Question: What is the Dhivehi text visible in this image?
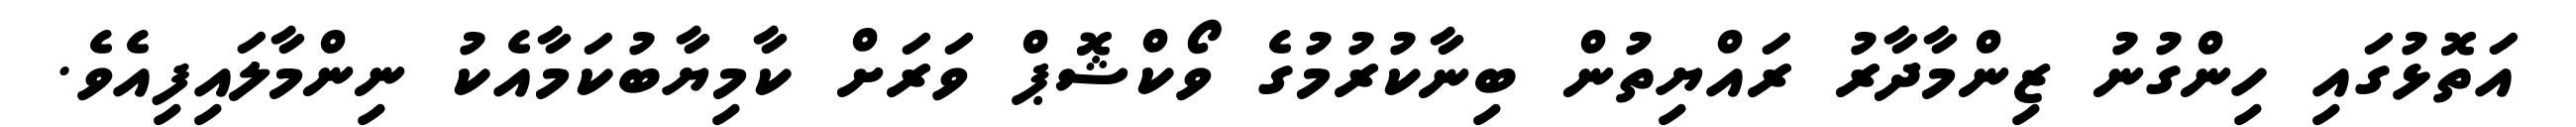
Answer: އަތޮޅުގައި ހިންގުނު ޒިންމާދާރު ރައްޔިތުން ބިނާކުރުމުގެ ވޯކްޝޮޕް ވަރަށް ކާމިޔާބުކަމާއެކު ނިންމާލައިފިއެވެ.